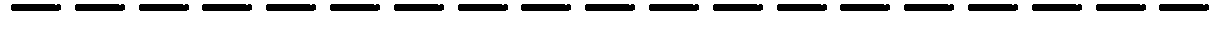
-------------------